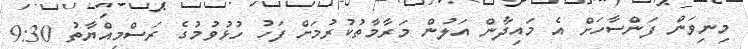
މިނިވަން ފަންސާހަށް އެ މައިދާން އަލުން މަރާމާތުކުރުމަށް ފަހު ހުޅުވުމުގެ ރަސްމިއްޔާތު 9:30